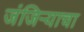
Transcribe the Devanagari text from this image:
जंजिर्‍याचा